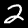
Label: 2